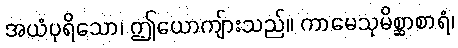
အယံပုရိသော၊ ဤယောကျ်ားသည်။ ကာမေသုမိစ္ဆာစာရံ၊